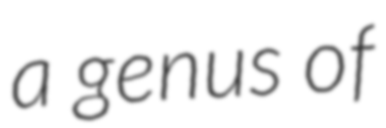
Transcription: a genus of